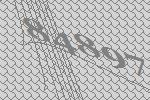
84897